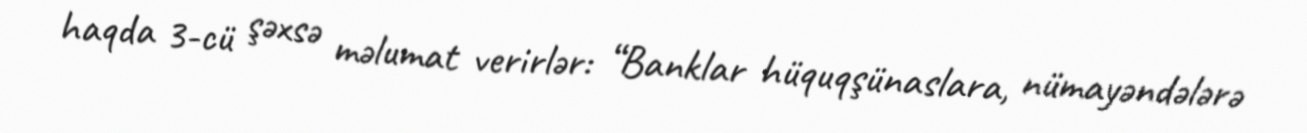
haqda 3-cü şəxsə məlumat verirlər: “Banklar hüquqşünaslara, nümayəndələrə